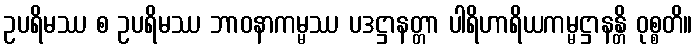
ဥပရိမဿ စ ဥပရိမဿ ဘာဝနာကမ္မဿ ပဒဋ္ဌာနတ္တာ ပါရိဟာရိယကမ္မဋ္ဌာနန္တိ ဝုစ္စတိ။